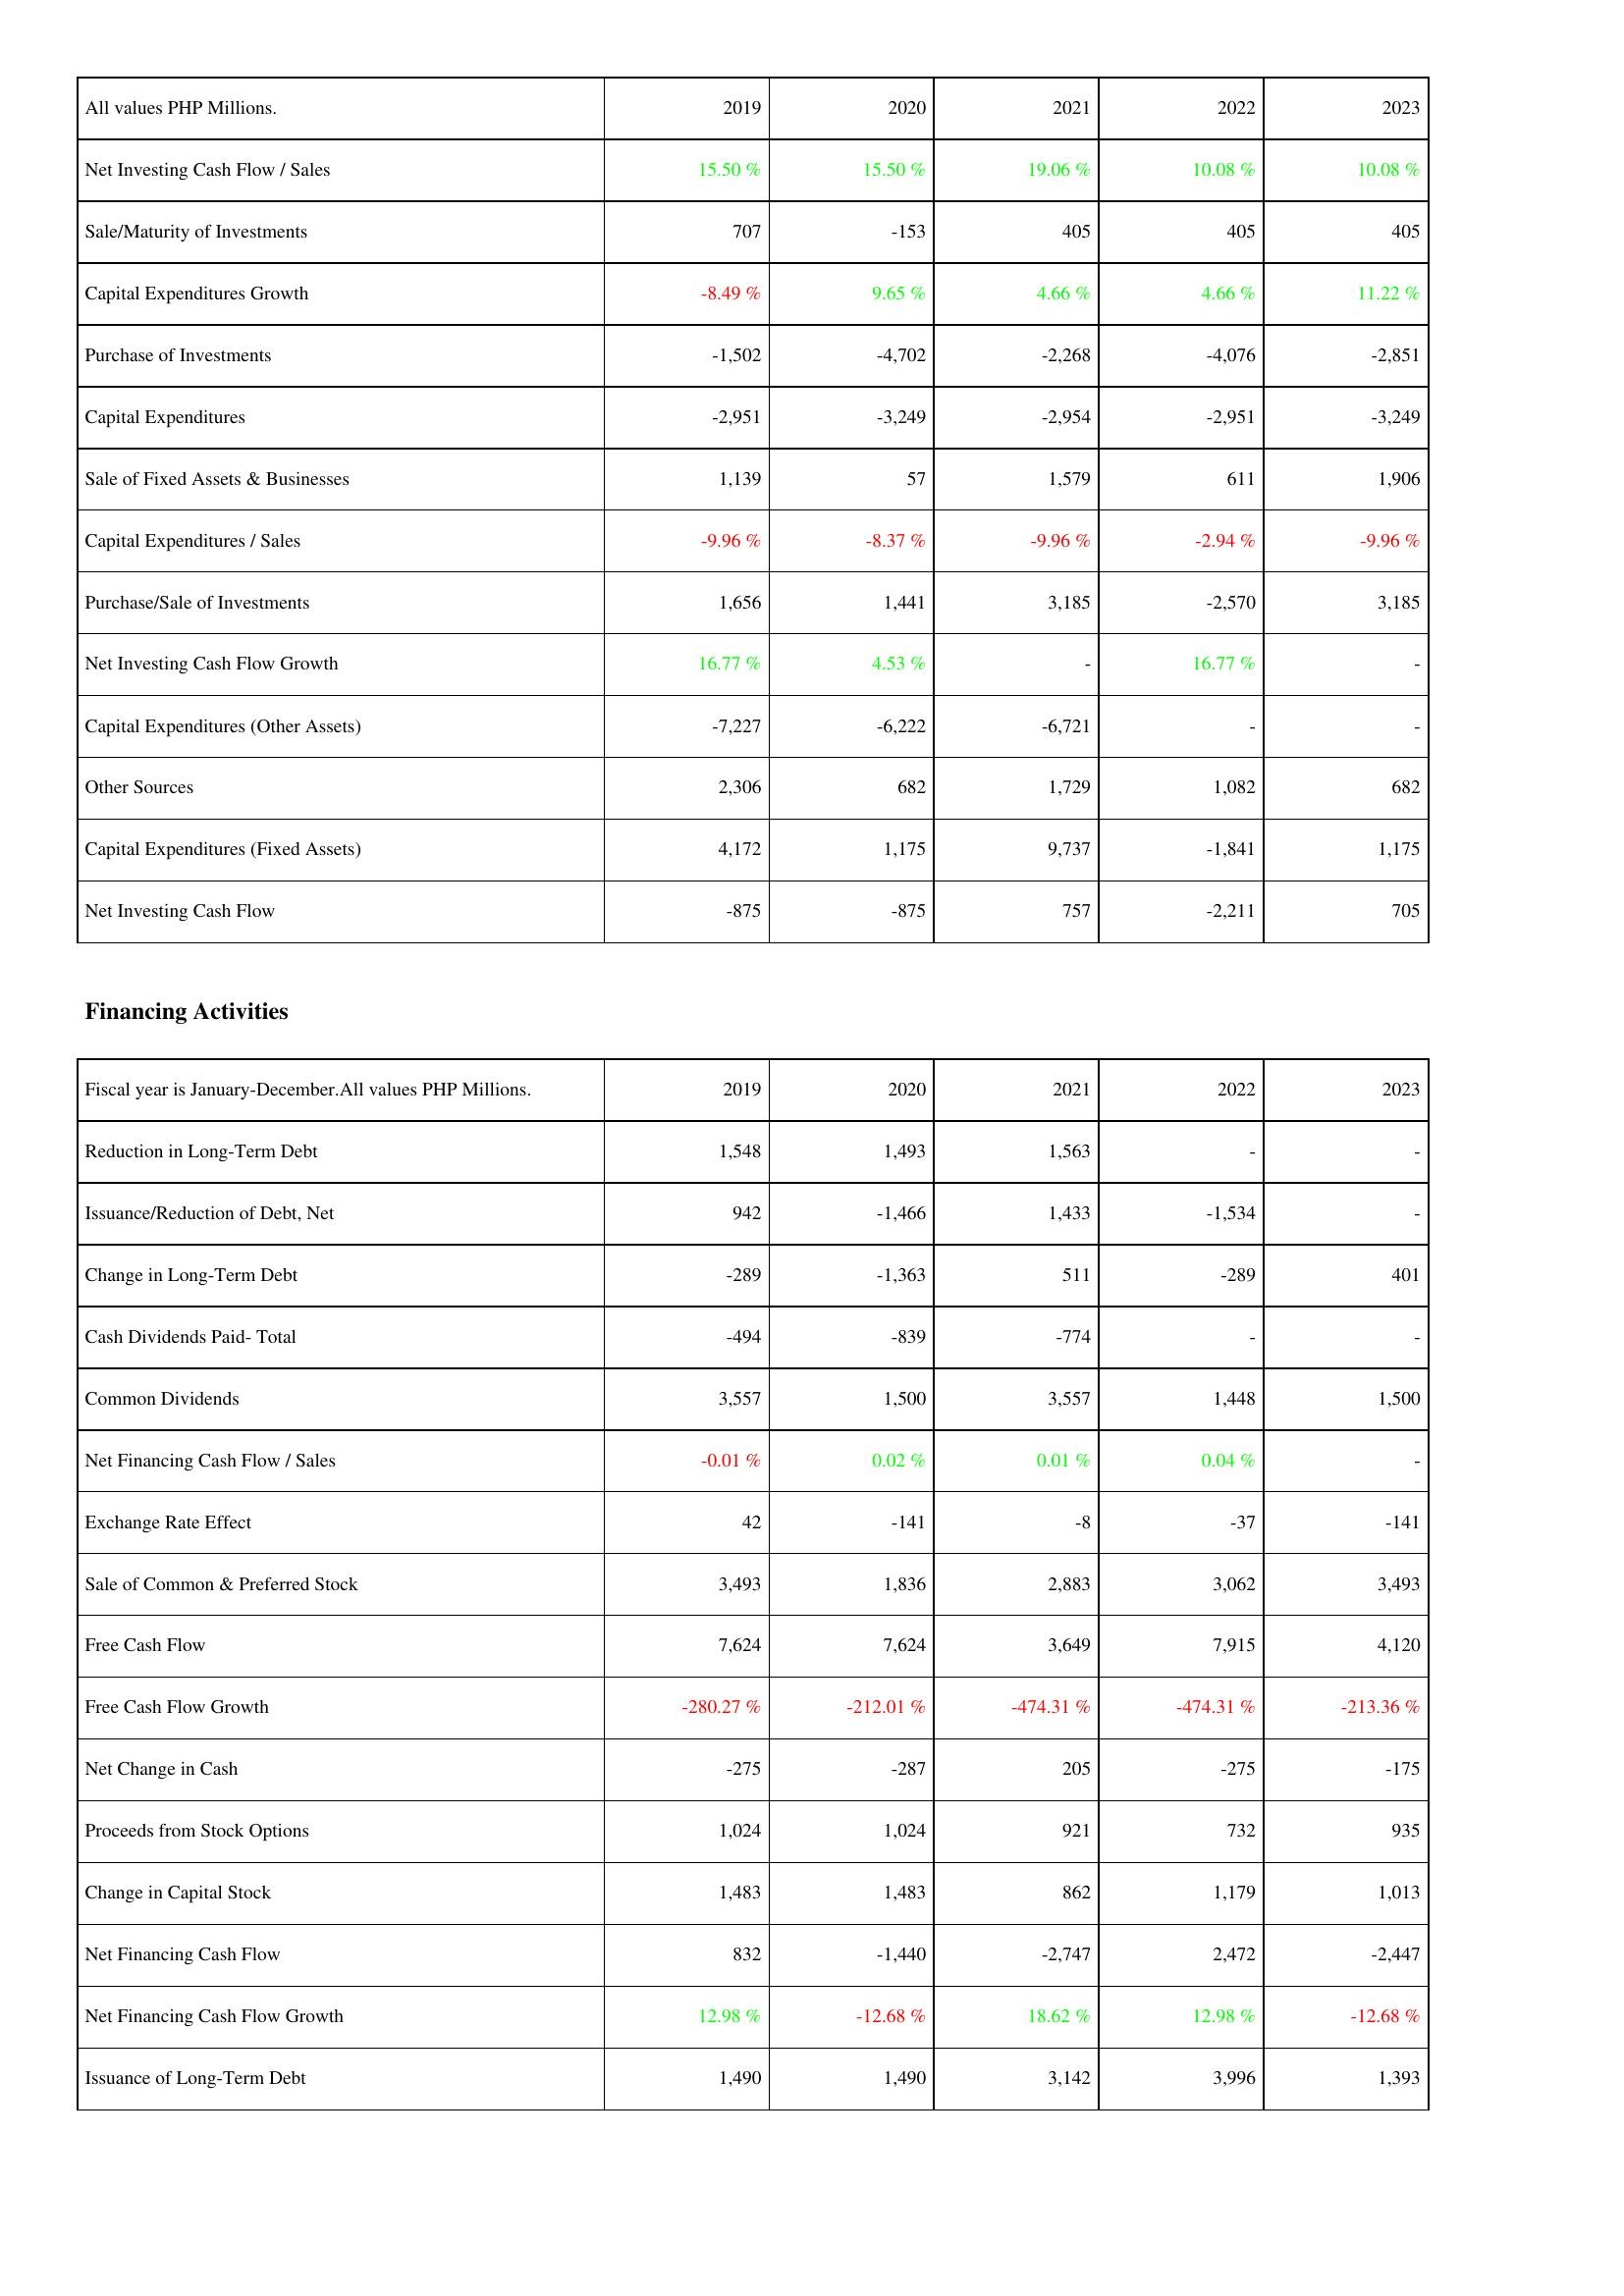
2019: Investing Activities: Net Investing Cash Flow / Sales: 15.50 %
Sale/Maturity of Investments: 707
Capital Expenditures Growth: -8.49 %
Purchase of Investments: -1,502
Capital Expenditures: -2,951
Sale of Fixed Assets & Businesses: 1,139
Capital Expenditures / Sales: -9.96 %
Purchase/Sale of Investments: 1,656
Net Investing Cash Flow Growth: 16.77 %
Capital Expenditures (Other Assets): -7,227
Other Sources: 2,306
Capital Expenditures (Fixed Assets): 4,172
Net Investing Cash Flow: -875
Financing Activities: Reduction in Long-Term Debt: 1,548
Issuance/Reduction of Debt, Net: 942
Change in Long-Term Debt: -289
Cash Dividends Paid- Total: -494
Common Dividends: 3,557
Net Financing Cash Flow / Sales: -0.01 %
Exchange Rate Effect: 42
Sale of Common & Preferred Stock: 3,493
Free Cash Flow: 7,624
Free Cash Flow Growth: -280.27 %
Net Change in Cash: -275
Proceeds from Stock Options: 1,024
Change in Capital Stock: 1,483
Net Financing Cash Flow: 832
Net Financing Cash Flow Growth: 12.98 %
Issuance of Long-Term Debt: 1,490
2020: Investing Activities: Net Investing Cash Flow / Sales: 15.50 %
Sale/Maturity of Investments: -153
Capital Expenditures Growth: 9.65 %
Purchase of Investments: -4,702
Capital Expenditures: -3,249
Sale of Fixed Assets & Businesses: 57
Capital Expenditures / Sales: -8.37 %
Purchase/Sale of Investments: 1,441
Net Investing Cash Flow Growth: 4.53 %
Capital Expenditures (Other Assets): -6,222
Other Sources: 682
Capital Expenditures (Fixed Assets): 1,175
Net Investing Cash Flow: -875
Financing Activities: Reduction in Long-Term Debt: 1,493
Issuance/Reduction of Debt, Net: -1,466
Change in Long-Term Debt: -1,363
Cash Dividends Paid- Total: -839
Common Dividends: 1,500
Net Financing Cash Flow / Sales: 0.02 %
Exchange Rate Effect: -141
Sale of Common & Preferred Stock: 1,836
Free Cash Flow: 7,624
Free Cash Flow Growth: -212.01 %
Net Change in Cash: -287
Proceeds from Stock Options: 1,024
Change in Capital Stock: 1,483
Net Financing Cash Flow: -1,440
Net Financing Cash Flow Growth: -12.68 %
Issuance of Long-Term Debt: 1,490
2021: Investing Activities: Net Investing Cash Flow / Sales: 19.06 %
Sale/Maturity of Investments: 405
Capital Expenditures Growth: 4.66 %
Purchase of Investments: -2,268
Capital Expenditures: -2,954
Sale of Fixed Assets & Businesses: 1,579
Capital Expenditures / Sales: -9.96 %
Purchase/Sale of Investments: 3,185
Net Investing Cash Flow Growth: -
Capital Expenditures (Other Assets): -6,721
Other Sources: 1,729
Capital Expenditures (Fixed Assets): 9,737
Net Investing Cash Flow: 757
Financing Activities: Reduction in Long-Term Debt: 1,563
Issuance/Reduction of Debt, Net: 1,433
Change in Long-Term Debt: 511
Cash Dividends Paid- Total: -774
Common Dividends: 3,557
Net Financing Cash Flow / Sales: 0.01 %
Exchange Rate Effect: -8
Sale of Common & Preferred Stock: 2,883
Free Cash Flow: 3,649
Free Cash Flow Growth: -474.31 %
Net Change in Cash: 205
Proceeds from Stock Options: 921
Change in Capital Stock: 862
Net Financing Cash Flow: -2,747
Net Financing Cash Flow Growth: 18.62 %
Issuance of Long-Term Debt: 3,142
2022: Investing Activities: Net Investing Cash Flow / Sales: 10.08 %
Sale/Maturity of Investments: 405
Capital Expenditures Growth: 4.66 %
Purchase of Investments: -4,076
Capital Expenditures: -2,951
Sale of Fixed Assets & Businesses: 611
Capital Expenditures / Sales: -2.94 %
Purchase/Sale of Investments: -2,570
Net Investing Cash Flow Growth: 16.77 %
Capital Expenditures (Other Assets): -
Other Sources: 1,082
Capital Expenditures (Fixed Assets): -1,841
Net Investing Cash Flow: -2,211
Financing Activities: Reduction in Long-Term Debt: -
Issuance/Reduction of Debt, Net: -1,534
Change in Long-Term Debt: -289
Cash Dividends Paid- Total: -
Common Dividends: 1,448
Net Financing Cash Flow / Sales: 0.04 %
Exchange Rate Effect: -37
Sale of Common & Preferred Stock: 3,062
Free Cash Flow: 7,915
Free Cash Flow Growth: -474.31 %
Net Change in Cash: -275
Proceeds from Stock Options: 732
Change in Capital Stock: 1,179
Net Financing Cash Flow: 2,472
Net Financing Cash Flow Growth: 12.98 %
Issuance of Long-Term Debt: 3,996
2023: Investing Activities: Net Investing Cash Flow / Sales: 10.08 %
Sale/Maturity of Investments: 405
Capital Expenditures Growth: 11.22 %
Purchase of Investments: -2,851
Capital Expenditures: -3,249
Sale of Fixed Assets & Businesses: 1,906
Capital Expenditures / Sales: -9.96 %
Purchase/Sale of Investments: 3,185
Net Investing Cash Flow Growth: -
Capital Expenditures (Other Assets): -
Other Sources: 682
Capital Expenditures (Fixed Assets): 1,175
Net Investing Cash Flow: 705
Financing Activities: Reduction in Long-Term Debt: -
Issuance/Reduction of Debt, Net: -
Change in Long-Term Debt: 401
Cash Dividends Paid- Total: -
Common Dividends: 1,500
Net Financing Cash Flow / Sales: -
Exchange Rate Effect: -141
Sale of Common & Preferred Stock: 3,493
Free Cash Flow: 4,120
Free Cash Flow Growth: -213.36 %
Net Change in Cash: -175
Proceeds from Stock Options: 935
Change in Capital Stock: 1,013
Net Financing Cash Flow: -2,447
Net Financing Cash Flow Growth: -12.68 %
Issuance of Long-Term Debt: 1,393